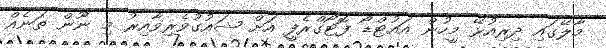
މާލޭގައި ދިރިއުޅޭ މީހުން އައުޓްޑޯ ފޮޓޯގްރެފީ އަށް ޝައުގުވެރިވާއިރު މި ނޫން ތަނެއް